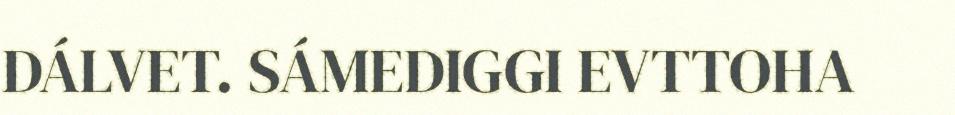
DÁLVET. SÁMEDIGGI EVTTOHA